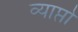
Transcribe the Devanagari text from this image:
व्याप्तो